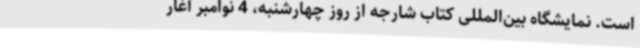
است. نمایشگاه بین‌المللی کتاب شارجه از روز چهارشنبه، 4 نوامبر آغار